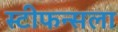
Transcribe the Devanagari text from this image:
स्टीफन्सला